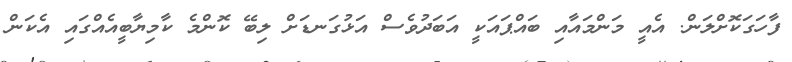
ފާހަގަކޮށްލަން. އެއީ މަންމައާއި ބައްޕައަކީ އަބަދުވެސް އަޅުގަނޑަށް ލިބޭ ކޮންމެ ކާމިޔާބީއެއްގައި އެކަން